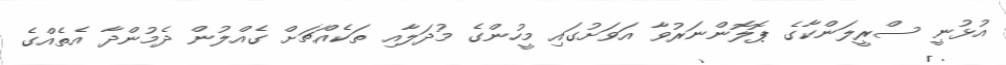
އުޅުނީ ސްރީލަންކާގެ ޕޮލޮންނަރުވާ އަވަށުގައި މީހުންގެ މުދަލާއި ތަކެއްޗަށް ގެއްލުން ދެމުންދާ އެތެއްގެ